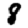
Digit: 8